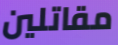
مقاتلين